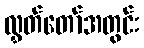
လွှတ်တော်အတွင်း